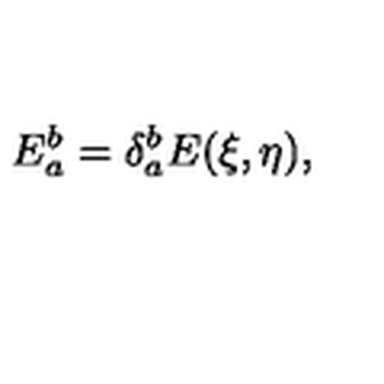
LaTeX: E _ { a } ^ { b } = \delta _ { a } ^ { b } E ( \xi , \eta ) ,